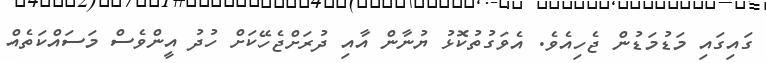
ގައިގައި މަޑުމަޑުން ޖެހިއެވެ. އެވަގުތުކޮޅު ޔުނާން އާއި ދުރަށްޖެހޭކަށް ހުދު އީންވެސް މަސައްކަތެއް